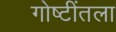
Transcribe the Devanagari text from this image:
गोष्टींतला